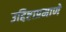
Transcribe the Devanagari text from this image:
उद्दिष्टाप्रमाणे